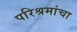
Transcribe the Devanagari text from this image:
परिश्रमांचा